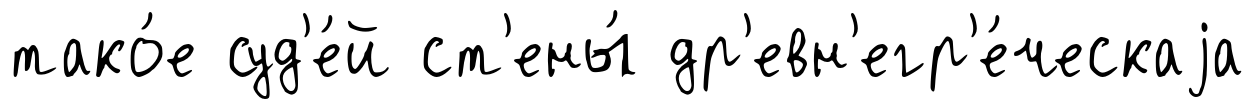
тако́е суд'е́й ст'ены́ др'евн'егр'е́ческаjа